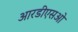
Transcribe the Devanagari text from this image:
आरडीएसओ